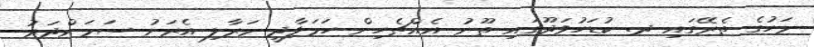
މަހުގެ ތެރޭގައި ދ. ކުޑަހުވަދޫގައި ތޫނު އެއްޗެހިން ހަމަލާދީ މަރާލި އެރަށު ސަމަންދަރު